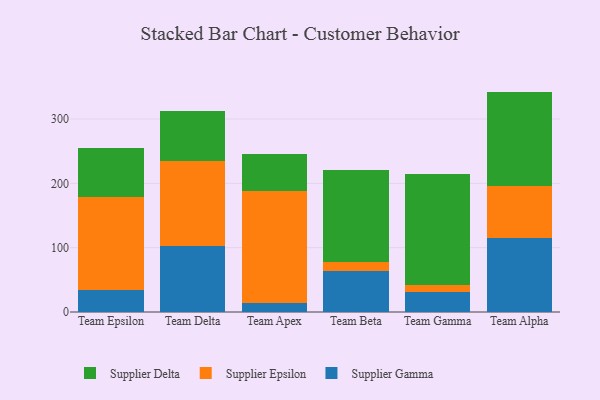
{"axis": {"x": "Team", "y": "Revenue (USD Million)"}, "legend": ["Supplier Delta", "Supplier Epsilon", "Supplier Gamma"], "data": [{"x": "Team Epsilon", "y": 34.9, "type": "Supplier Gamma"}, {"x": "Team Epsilon", "y": 144.6, "type": "Supplier Epsilon"}, {"x": "Team Epsilon", "y": 75.7, "type": "Supplier Delta"}, {"x": "Team Delta", "y": 102.8, "type": "Supplier Gamma"}, {"x": "Team Delta", "y": 132.0, "type": "Supplier Epsilon"}, {"x": "Team Delta", "y": 78.4, "type": "Supplier Delta"}, {"x": "Team Apex", "y": 14.3, "type": "Supplier Gamma"}, {"x": "Team Apex", "y": 173.6, "type": "Supplier Epsilon"}, {"x": "Team Apex", "y": 58.0, "type": "Supplier Delta"}, {"x": "Team Beta", "y": 63.2, "type": "Supplier Gamma"}, {"x": "Team Beta", "y": 14.6, "type": "Supplier Epsilon"}, {"x": "Team Beta", "y": 143.0, "type": "Supplier Delta"}, {"x": "Team Gamma", "y": 30.9, "type": "Supplier Gamma"}, {"x": "Team Gamma", "y": 10.5, "type": "Supplier Epsilon"}, {"x": "Team Gamma", "y": 172.6, "type": "Supplier Delta"}, {"x": "Team Alpha", "y": 114.6, "type": "Supplier Gamma"}, {"x": "Team Alpha", "y": 81.5, "type": "Supplier Epsilon"}, {"x": "Team Alpha", "y": 146.5, "type": "Supplier Delta"}]}